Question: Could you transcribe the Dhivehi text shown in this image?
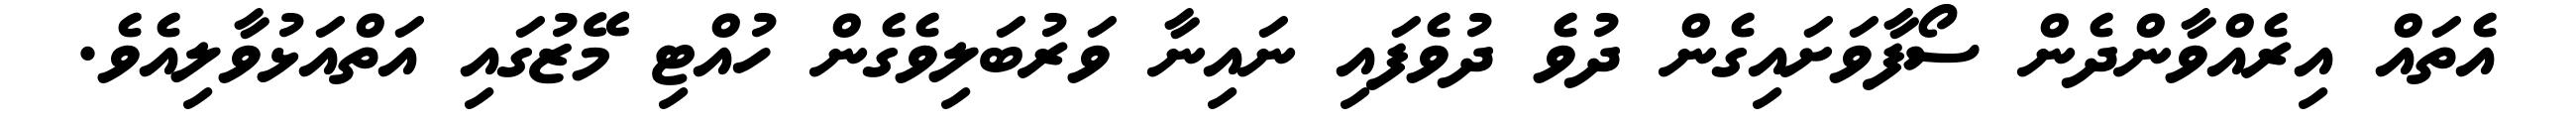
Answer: އެތައް އިރެއްވާންދެން ސޯފާވަށައިގެން ދުވެ ދުވެފައި ނައިނާ ވަރުބަލިވެގެން ހުއްޓި މޭޒުގައި އަތްއަޅުވާލިއެވެ.